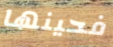
فحينها